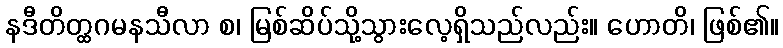
နဒီတိတ္ထဂမနသီလာ စ၊ မြစ်ဆိပ်သို့သွားလေ့ရှိသည်လည်း။ ဟောတိ၊ ဖြစ်၏။